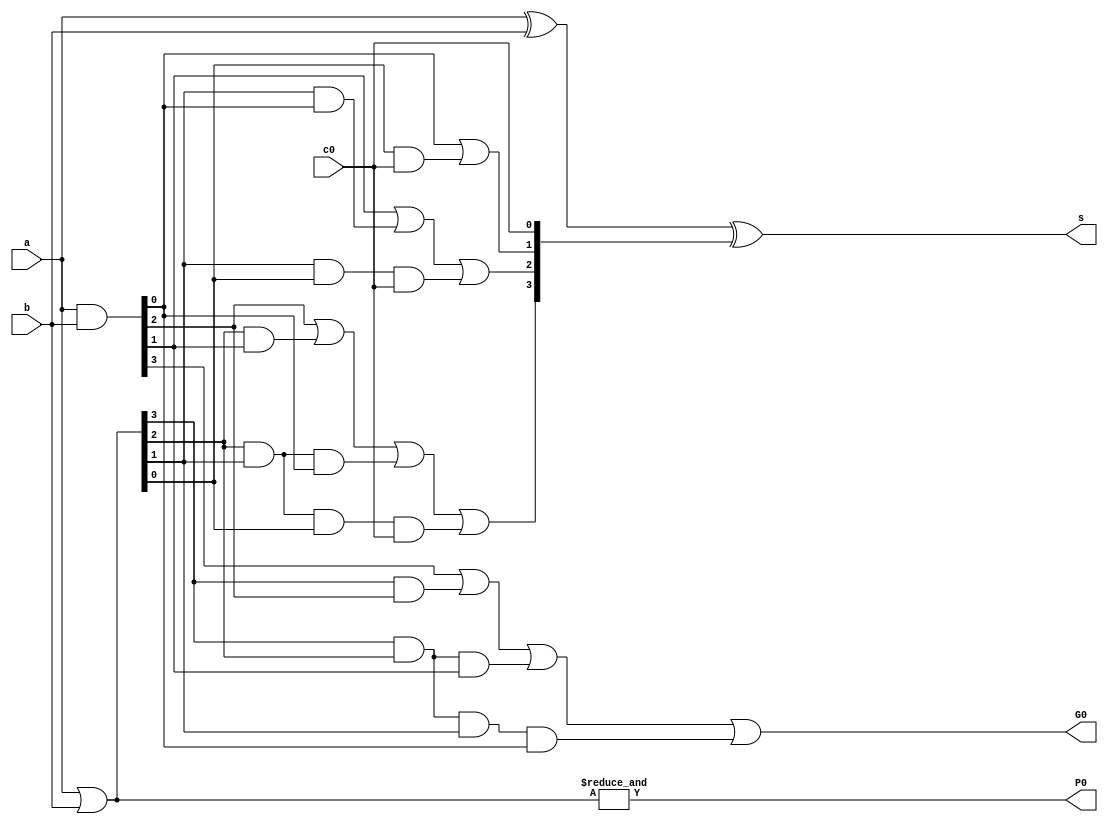
//name: carry look ahead adder
//version: 1.0
//data: 2020/1/2

module cla_4(
	input wire [3:0] a,
	input wire [3:0] b,
	input wire c0,
	output wire [3:0] s,	//sum
	output wire G0,
	output wire P0
	);
	wire [3:0] g;
	wire [3:0] p;
	wire [3:0] c;	//carry

	assign g = a & b;
	assign p = a | b;
	assign G0 = g[3] | (p[3] & g[2]) | (p[3] & p[2] & g[1]) | (p[3] & p[2] & p[1] & g[0]);
	assign P0 = &p;
	//c4 = G0 + P0*c0

	//carry look ahead
	assign c = {g[2] | (p[2] & g[1]) | (p[2] & p[1] & g[0]) | (p[2] & p[1] & p[0] & c0),	//c3
				g[1] | (p[1] & g[0]) | (p[1] & p[0] & c0),	//c2
				g[0] | (p[0] & c0),	//c1
				c0};	//c0
	assign s = a ^ b ^ c;
endmodule

//use four cla_4 to make up a cla_16, this module is not use
//directly, if want to get the carry out, need to modifiy the 
//interface to ouput a c16(use GG0 and PP0)
module cla_16(
	input wire [15:0] a,
	input wire [15:0] b,
	input wire c0,
	output wire [15:0] s,
	output wire GG0,
	output wire PP0
	);
	wire [3:0] C;
	wire [3:0] G, P;

	cla_4 adder1(a[3:0]  , b[3:0]  , c0  , s[3:0]  , G[0], P[0]);
	cla_4 adder2(a[7:4]  , b[7:4]  , C[1], s[7:4]  , G[1], P[1]);
	cla_4 adder3(a[11:8] , b[11:8] , C[2], s[11:8] , G[2], P[2]);
	cla_4 adder4(a[15:12], b[15:12], C[3], s[15:12], G[3], P[3]);

	assign GG0 = G[3] | (P[3] & G[2]) | (P[3] & P[2] & G[1]) | (P[3] & P[2] & P[1] & G[0]);
	assign PP0 = &P;
	//C4 = c16 = GG0 + PP0*c0

	assign C = {G[2] | (P[2] & G[1]) | (P[2] & P[1] & G[0]) | (P[2] & P[1] & P[0] & c0),	//C3
				G[1] | (P[1] & G[0]) | (P[1] & P[0] & c0),	//C2
				G[0] | (P[0] & c0),	//C1
				c0};	//C0;
endmodule

//c1601
module adder_cla_32(
	input wire [31:0] a,
	input wire [31:0] b,
	input wire c0,
	output wire [31:0] s,
	output wire c31
	);

	wire GG0, PP0;
	wire GG1_0, PP1_0, GG1_1, PP1_1;
	wire [15:0] s_0, s_1;

	cla_16 adder1  (a[15:0] , b[15:0] , c0  , s[15:0]  	, GG0, PP0);
	cla_16 adder2_0(a[31:16], b[31:16], 1'b0, s_0  		, GG1_0, PP1_0);
	cla_16 adder2_1(a[31:16], b[31:16], 1'b1, s_1  		, GG1_1, PP1_1);

	wire sel = GG0 | PP0&c0;
	assign s[31:16] = sel ? s_1 : s_0;
	assign c31 = sel ? (GG1_1 | PP1_1) : GG1_0;
endmodule